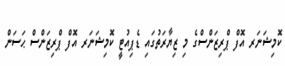
ކޮމިޝަނަރ އޮފް ޕްރިޒަންސްގެ މި ޒިޔާރަތުގައި ޑެޕިއުޓީ ކޮމިޝަނަރ އޮފް ޕްރިޒަންސް ޙަސަން